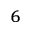
^ { 6 }